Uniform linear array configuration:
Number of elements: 12
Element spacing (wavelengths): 0.75
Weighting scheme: kaiser
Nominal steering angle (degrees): -15
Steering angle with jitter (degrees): -14.018
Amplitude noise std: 0.05
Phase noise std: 0.05

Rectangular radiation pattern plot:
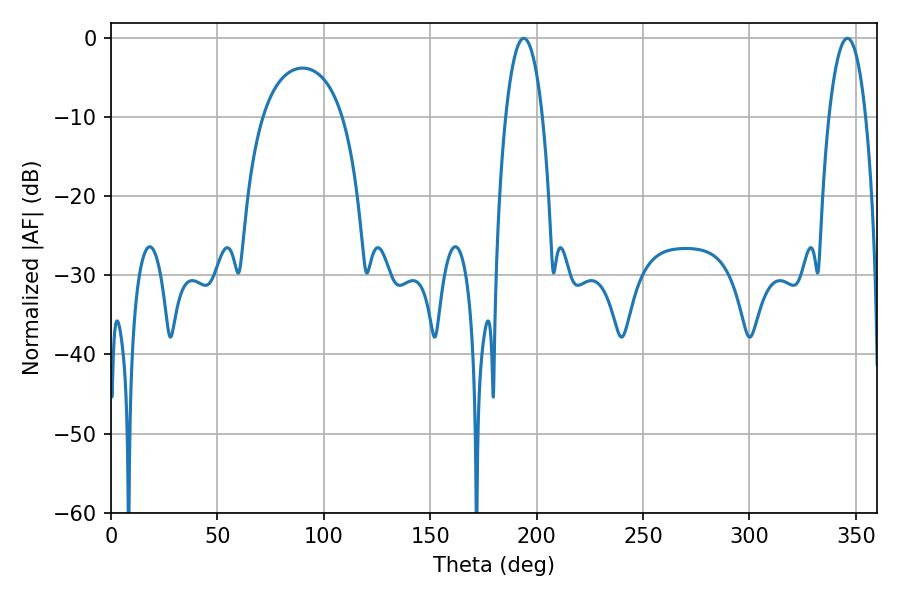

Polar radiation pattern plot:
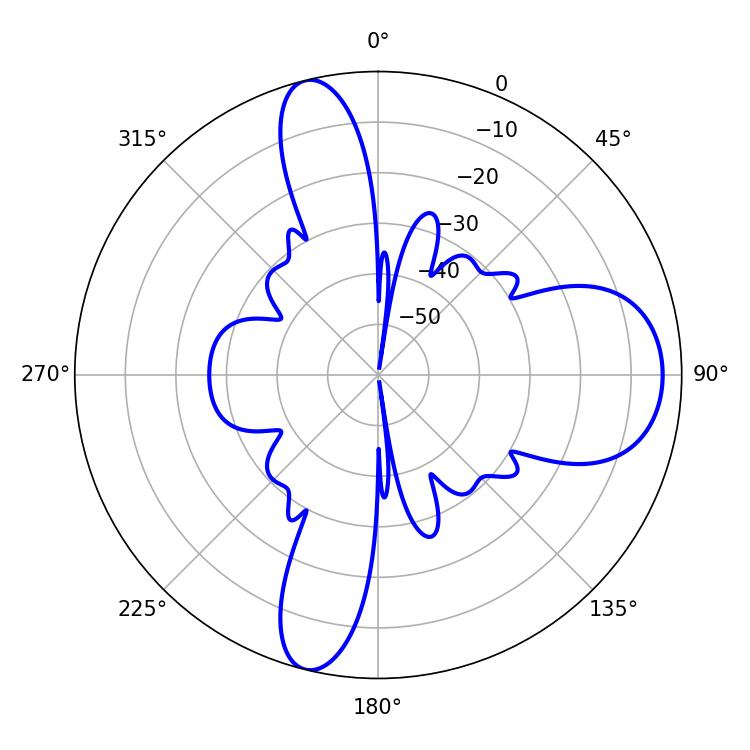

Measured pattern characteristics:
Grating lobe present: TRUE
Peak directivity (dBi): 12.444
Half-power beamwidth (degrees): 9.72
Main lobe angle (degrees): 194.04